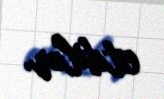
etdilər.